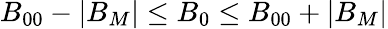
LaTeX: B_{00}-|B_{M}|\le B_{0}\le B_{00}+|B_{M}|